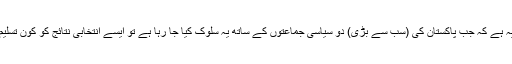
اب سوال یہ ہے کہ جب پاکستان کی (سب سے بڑی) دو سیاسی جماعتوں کے ساتھ یہ سلوک کیا جا رہا ہے تو ایسے انتخابی نتائج کو کون تسلیم کرے گا۔